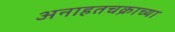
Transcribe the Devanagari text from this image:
अनाहतचक्राच्या